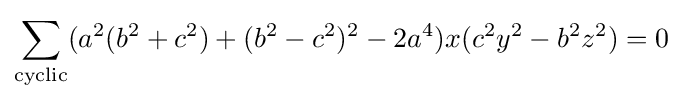
\sum _{\text{cyclic}}(a^{2}(b^{2}+c^{2})+(b^{2}-c^{2})^{2}-2a^{4})x(c^{2}y^{2}-b^{2}z^{2})=0